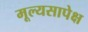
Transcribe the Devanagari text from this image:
मूल्यसापेक्ष